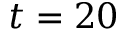
t = 2 0